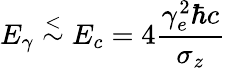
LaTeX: E_{\gamma}\stackrel{<}{\sim}E_{c}=4{\frac{\gamma_{e}^{2}\hbar c}{\sigma_{z}}}